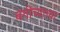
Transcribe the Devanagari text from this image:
बगीच्याच्या